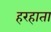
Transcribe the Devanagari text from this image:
हरहाता